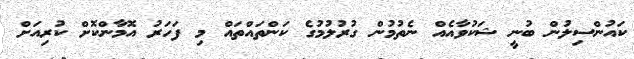
ކައުންސިލުން ބުނީ ޝަކުވާއެއް ނެތުމުން ގުރުލުމުގެ ކަންތައްތައް މި ފަހަރު އޮމާންކޮށް ކުރިއަށް